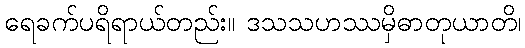
ရေခက်ပရိရာယ်တည်း။ ဒသသဟဿမှိဓာတုယာတိ၊